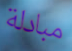
مبادلة